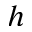
h